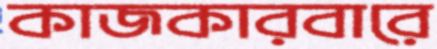
কাজকারবারে